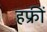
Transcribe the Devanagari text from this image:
हफ्रीं